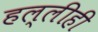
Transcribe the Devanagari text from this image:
हल्लीही